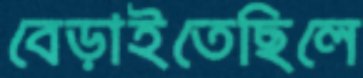
বেড়াইতেছিলে